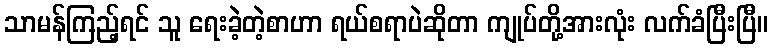
သာမန်ကြည့်ရင် သူ ရေးခဲ့တဲ့စာဟာ ရယ်စရာပဲဆိုတာ ကျုပ်တို့အားလုံး လက်ခံပြီးပြီ။